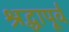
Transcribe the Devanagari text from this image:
श्रद्धापूर्व